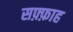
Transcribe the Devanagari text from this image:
सफ़्फ़ाह